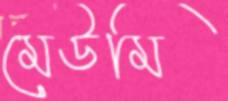
মেউমি